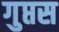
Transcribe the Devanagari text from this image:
गुप्तस